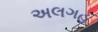
અલગહ